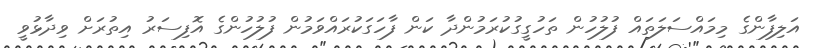
އަލިފާންގެ މިމައްސަލަތައް ފުލުހުން ތަހުގީގުކުރަމުންދާ ކަން ފާހަގަކުރައްވަމުން ފުލުހުންގެ އޮފިސަރު އިތުރަށް ވިދާޅުވީ